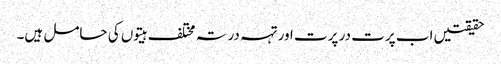
حقیقتیں اب پرت در پرت اور تہہ در تہ مختلف ہیتوں کی حامل ہیں۔